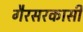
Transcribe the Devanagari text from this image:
गैरसरकासी